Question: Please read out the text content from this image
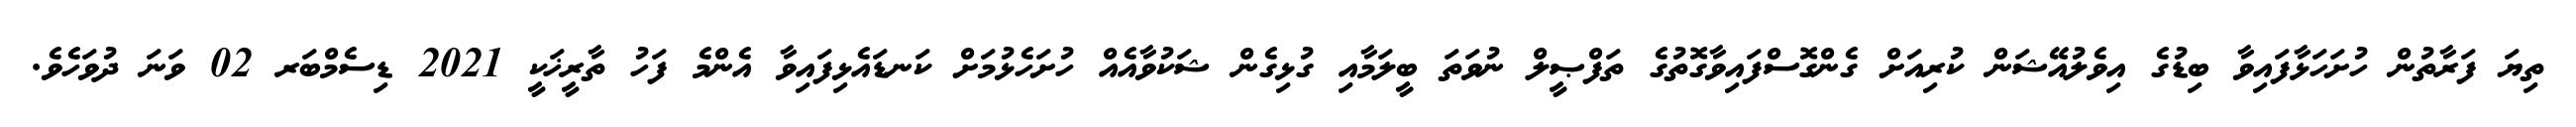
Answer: ތިޔަ ފަރާތުން ހުށަހަޅާފައިވާ ބިޑުގެ އިވެލުއޭޝަން ކުރިއަށް ގެންގޮސްފައިވާގޮތުގެ ތަފްޞީލް ނުވަތަ ބީލަމާއި ގުޅިގެން ޝަކުވާއެއް ހުށަހެޅުމަށް ކަނޑައެޅިފައިވާ އެންމެ ފަހު ތާރީޚަކީ 2021 ޑިސެމްބަރ 02 ވަނަ ދުވަހެވެ.